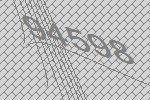
94598